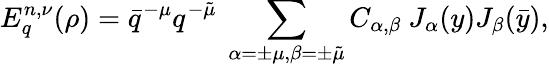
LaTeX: E_{q}^{n,\nu}(\rho)=\bar{q}^{-\mu}q^{-\tilde{\mu}}\ \sum_{\alpha=\pm\mu,\beta=\pm\tilde{\mu}}C_{\alpha,\beta}\ J_{\alpha}(y)J_{\beta}(\bar{y}),